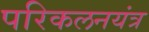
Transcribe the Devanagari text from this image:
परिकलनयंत्र